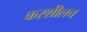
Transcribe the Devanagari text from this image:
करशीलच